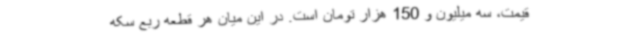
قیمت، سه میلیون و 150 هزار تومان است. در این میان هر قطعه ربع سکه